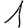
Digit: 1